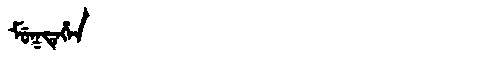
Manchu: ᠮᡠᡴᡨᡝᡥᡝᠨ
Romanization: MUKTEHEN